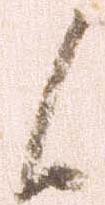
候